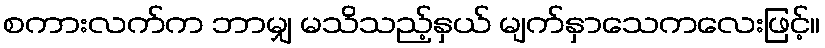
စကားလက်က ဘာမျှ မသိသည့်နှယ် မျက်နှာသေကလေးဖြင့်။